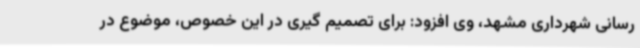
رسانی شهرداری مشهد، وی افزود: برای تصمیم گیری در این خصوص، موضوع در